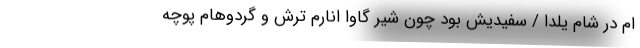
ام در شام یلدا / سفیدیّش بود چون شیر گاوا انارم ترش و گردوهام پوچه